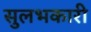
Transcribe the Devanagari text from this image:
सुलभकारी